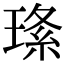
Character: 𤦰